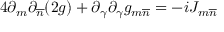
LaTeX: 4 \partial _ { m } \partial _ { \overline { { { n } } } } ( 2 g ) + \partial _ { \gamma } \partial _ { \gamma } g _ { m \overline { { { n } } } } = - i J _ { m \overline { { { n } } } }